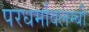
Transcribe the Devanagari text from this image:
परधर्मावलम्बी